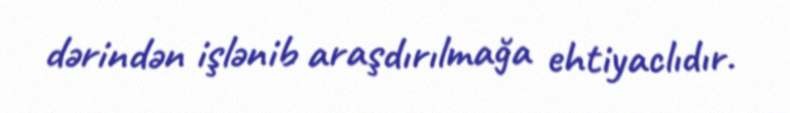
dərindən işlənib araşdırılmağa ehtiyaclıdır.